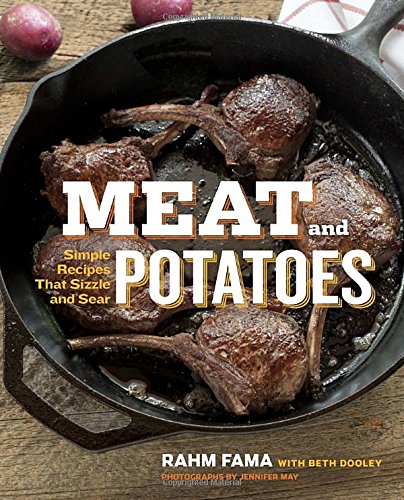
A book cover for Meat and Potatoes: Simple Recipes that Sizzle and Sear; Rahm Fama; Cookbooks, Food & Wine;